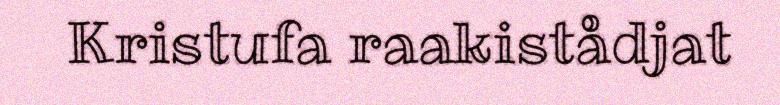
Kristufa raakistådjat